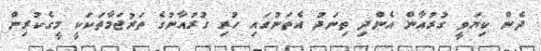
ދެން ކިޔަވީ ގުރުއާން އެންދި ތިނަދު އެތަނުގައި ހުރި ގުރުއާނުގެ ތަރުޖަމާތަކަކީ މީގެކުރިން